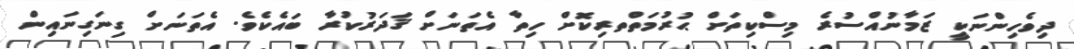
ދިވެހިންނަކީ ޒަމާނުއްސުރެ މިސްކިތަށް ޙުރުމަތްތރިކޮށް ހިތާ އެތަނަށް ޤަދަރުކުރާ ބައެކެވެ. އެތަނަށް ގިނަގިނައިން